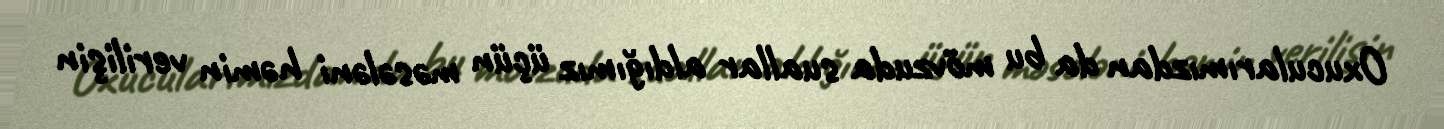
Oxucularımızdan da bu mövzuda suallar aldığımız üçün məsələni həmin verilişin